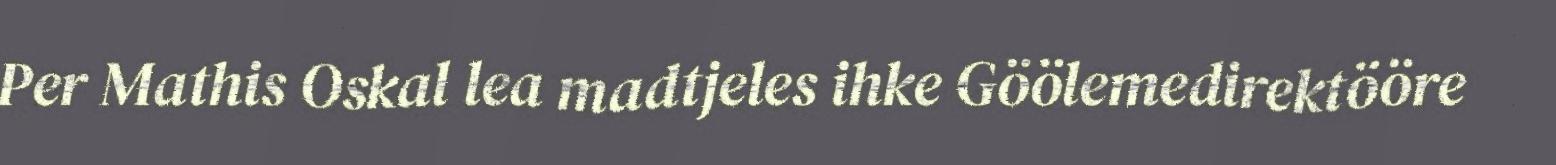
Per Mathis Oskal lea madtjeles ihke Göölemedirektööre